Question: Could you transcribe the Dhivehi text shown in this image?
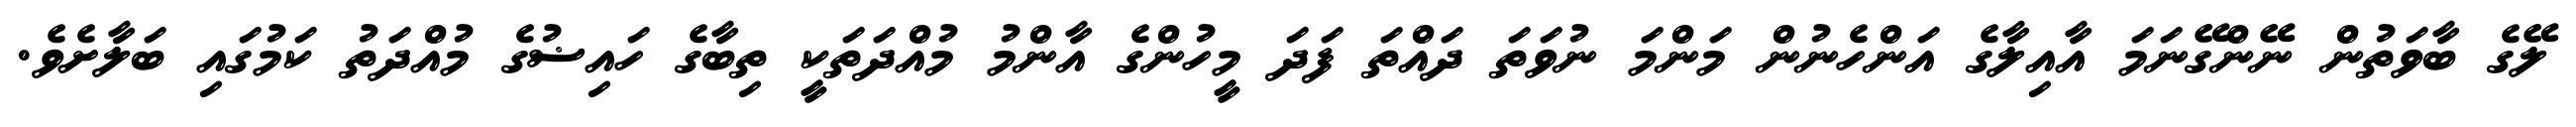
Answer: ލޭގެ ބާވަތުން ނޭންގޭނަމަ އާއިލާގެ އަންހެނުން މަންމަ ނުވަތަ ދައްތަ ފަދަ މީހުންގެ އާންމު މުއްދަތަކީ ތިބާގެ ހައިޟުގެ މުއްދަތު ކަމުގައި ބަލާށެވެ.